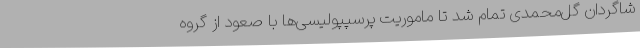
شاگردان گل‌محمدی تمام شد تا ماموریت پرسپپولیسی‌ها با صعود از گروه